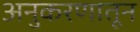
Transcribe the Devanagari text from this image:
अनुकरणातून